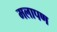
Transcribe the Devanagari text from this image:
मलापण